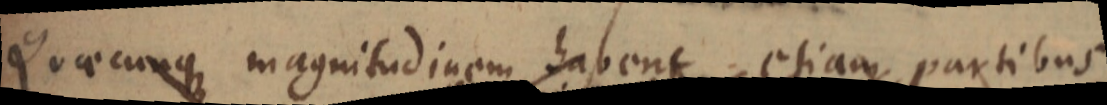
Quaecunque magnitudinem habent etiam partibus